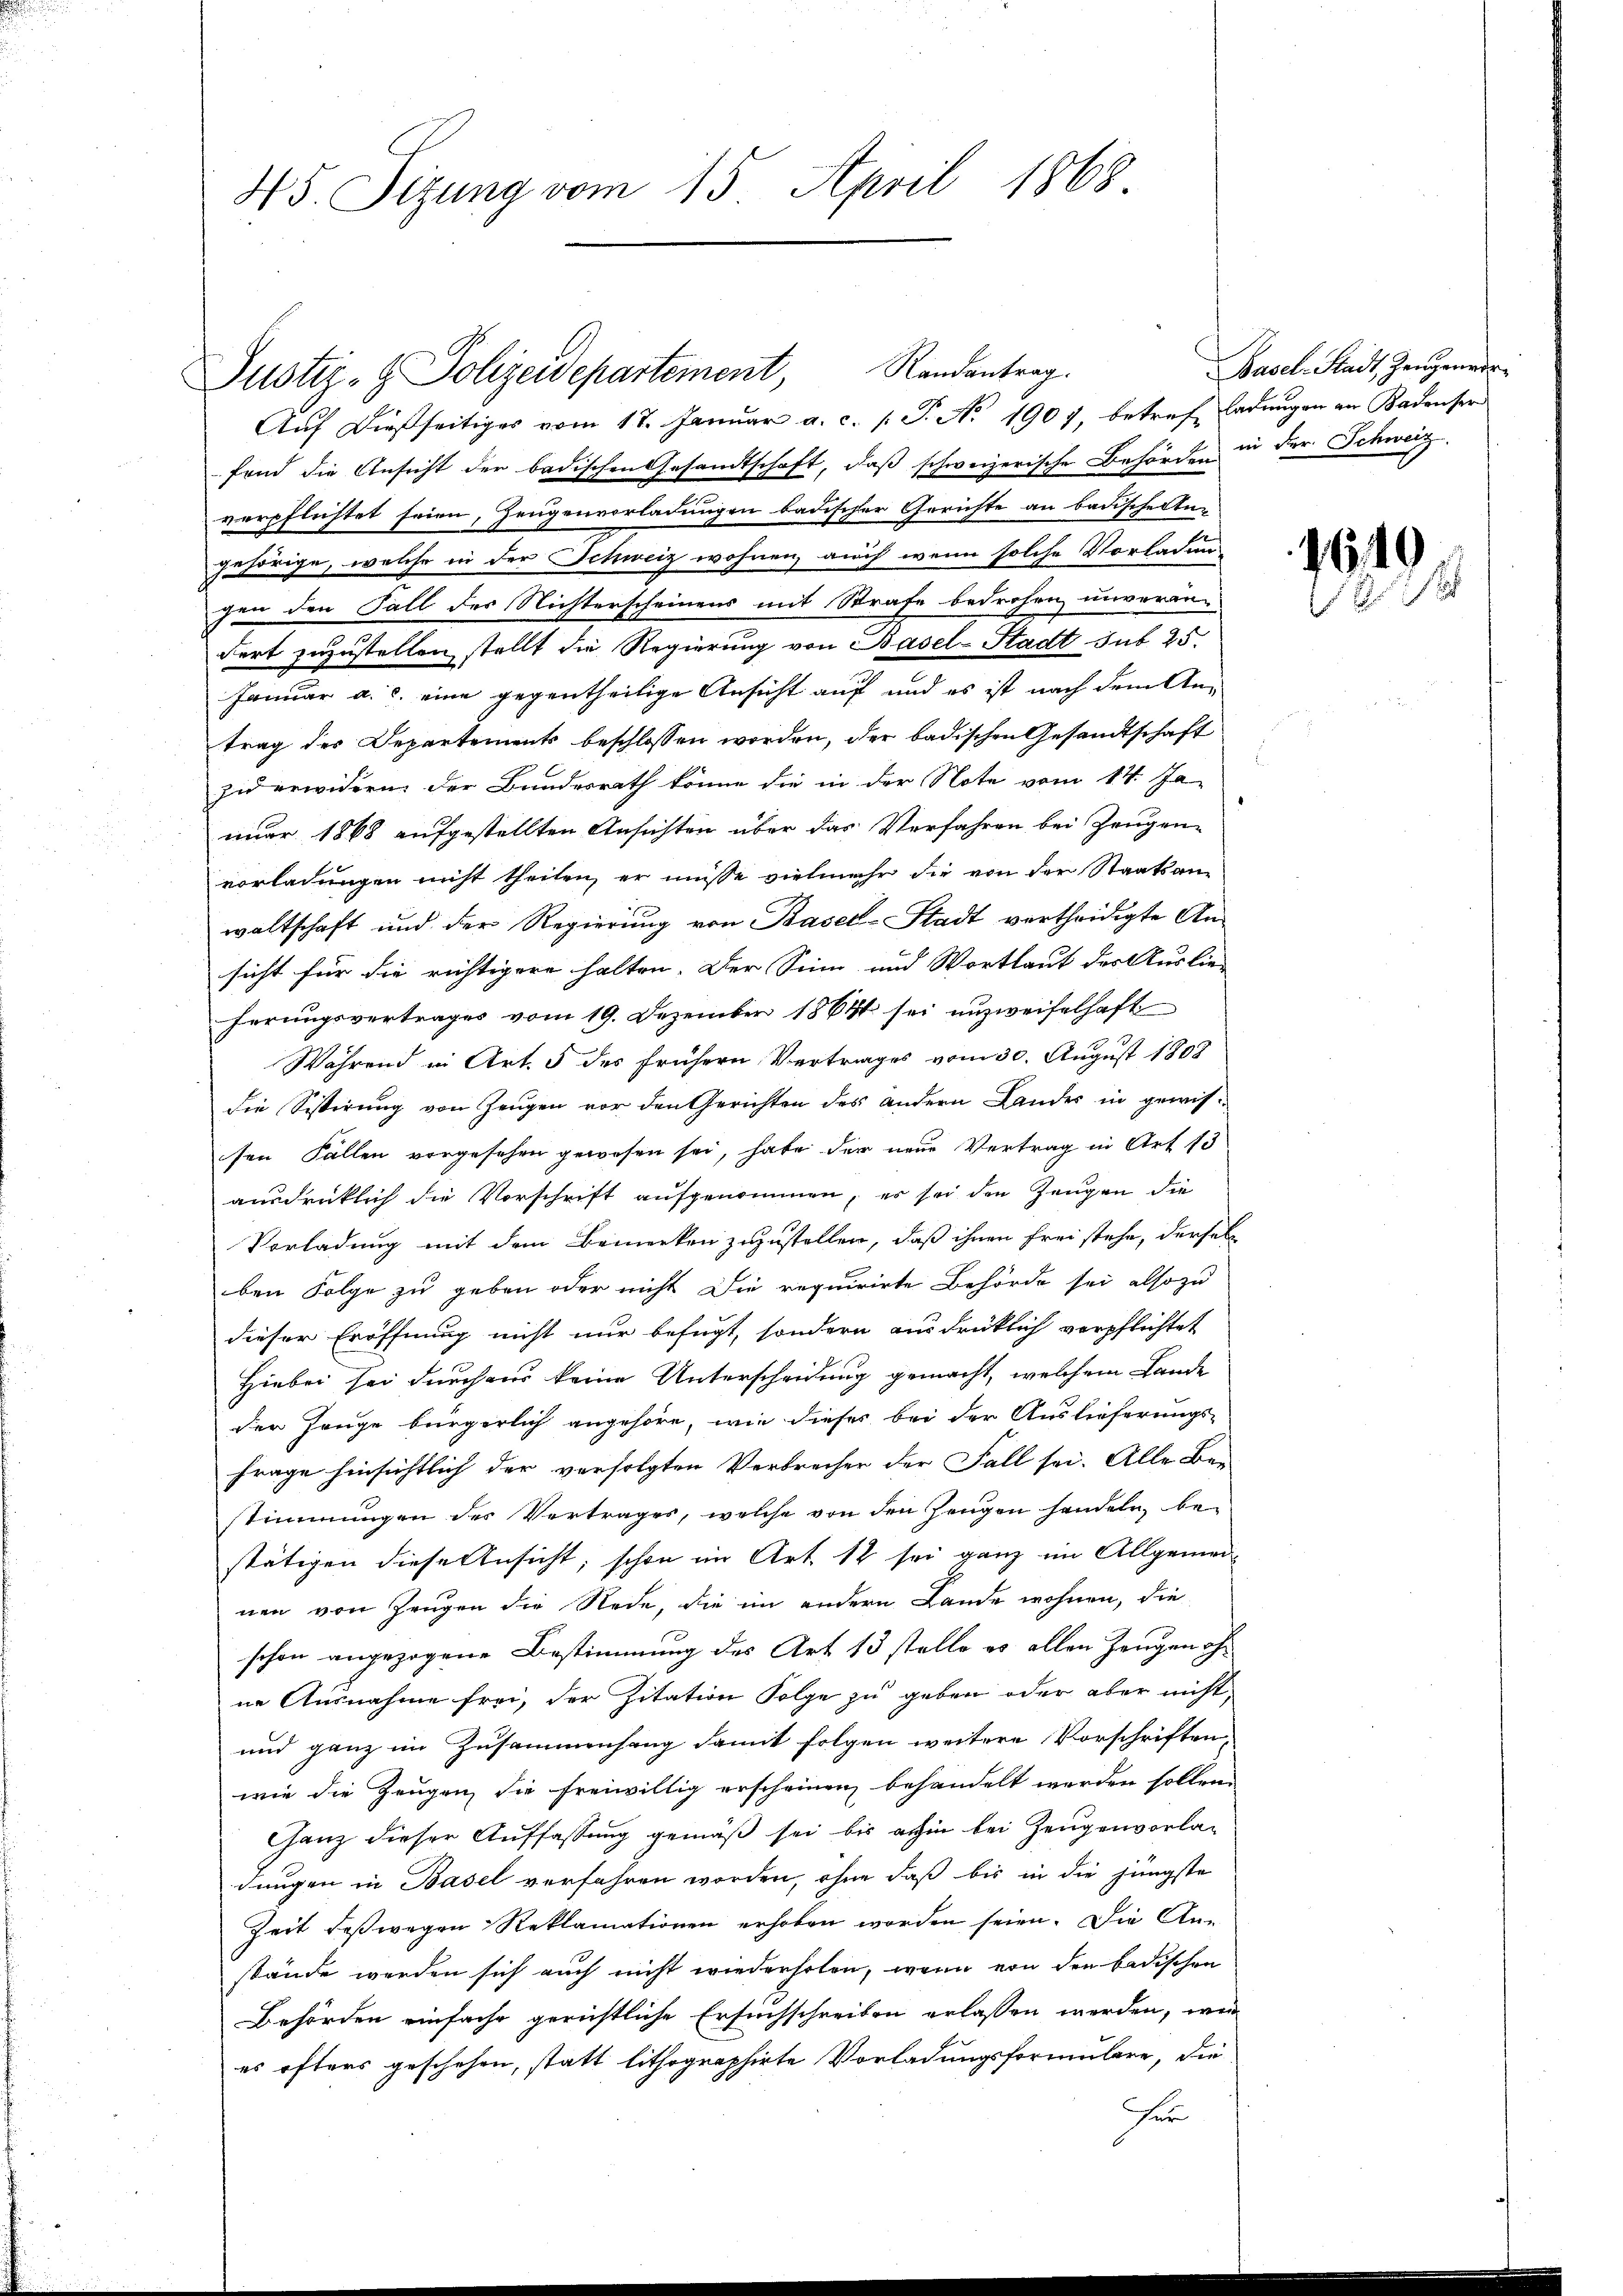
45. Sitzung vom 15. April 1868.

Auf dießseitiges vom 17. Januar a. c. (T. No 1907, betrefe Ladungen an Badenser
fend die Ansicht der badischen Gesandtschaft, daß schweizerische Behörden in der Schweiz.
verpflichtet seien, Zeugenvorladungen badischer Gerichte an badischerten
gehörige, welche in der Schweiz wohnen, auch wenn solche Vorladen-
gen den Fall des Nichterscheinens mit Strafe bedrohen unverän-
dert zuzustellen stellt die Regierung von Basel-Stadt sub 25.
Januar a. c. eine gegentheilige Ansicht auf und es ist nach dem Antrag des Departements beschlossen worden, der badischen Gesandtschaft
zu erwidern der Bundesrath könne die in der Note vom 14. Ja-
nuar 1868 aufgestellten Ansichten über das Verfahren bei Zeugen-
vorladungen nicht theilen, er müsse vielmehr die von der Staatsan-
waltschaft und der Regierung von Basel-Stadt vertheidigte Ansicht für die richtigere halten. Der Sinn und Wortlaut der Auslie-
ferungsvertrages vom 19. Dezember 1864 sei unzweifelhaft
Während in Art. 5 des frühern Vertrages vom 30. August 1808
die Sistirung von Zeugen vor den Gerichten des andern Landes in gewissen Fallen vorgesehen gewesen sei, habe der neue Vertrag in Art 15
ausdrücklich die Vorschrift aufgenommen, es sei den Zeugen die
Vorladung mit dem Bemerken zuzustellen, daß ihnen frei stehe, derselben Folge zu geben oder nicht die requirirte Behörde sei also zu
dieser Eröffnung nicht nur befugt, sondern ausdrücklich verpflichtet
Hiebei sei durchaus keine Unterscheidung gemacht, welchem Lande
der Zeuge bürgerlich angehöre, wie dieses bei der Auslieferungs-
frage hinsichtlich der verfolgten Verbrecher der Fall sei. Alle Ber
stimmungen des Vertrages, welche von den Zeugen handeln, bestätigen diese Ansicht, schon im Art. 12 sei ganz im Allgemeinen von Zeugen die Rede, die im andern Lande wohnen, die
schon angezogene Bestimmung des Art 13 stelle es allen Zeugen ohne Ausnahme frei, der Zitation Folge zu geben oder aber nicht,
und ganz im Zusammenhang damit folgen weitere Vorschriften,
wie die Zeugen die freiwillig erscheinen behandelt werden sollen.
Ganz dieser Auffassung gemäß sei bis anhin bei Zeugenvorladungen in Basel verfahren worden, ohne daß bis in die jüngste
Zeit deßwegen Reklamationen erhoben worden seien. Die An-
stände werden sich auch nicht wiederholen, wenn von den badischen
Behörden einfache gerichtliche Ersuchschreiben erlassen werden, wen
es öfters geschehen, statt lithographirte Vorladungsformulare, die
er

Justiz- & Polizeidepartement, Randantrag.

Basel-Stadt, Zeugenver¬

1649